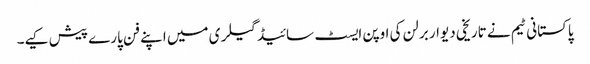
پاکستانی ٹیم نے تاریخی دیوار برلن کی اوپن ایسٹ سائیڈ گیلری میں اپنے فن پارے پیش کیے۔